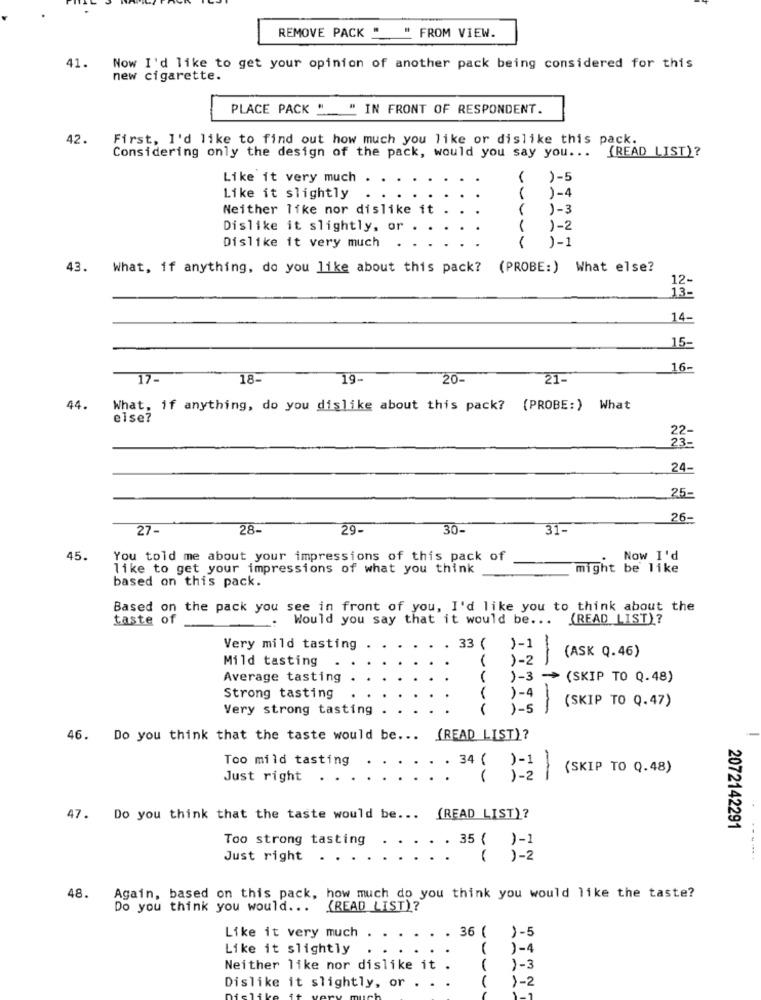
REMOVE PACK " " FROM VIEW.
41.
Now I'd like to get your opinion of another pack being considered for this
new cigarette.
PLACE PACK " " IN FRONT OF RESPONDENT.
42.
First, I'd like to find out how much you like or dislike this pack.
Considering only the design of the pack, would you say you ... (READ LIST)?
Like it very much
)-5
Like it slightly
( )-4
Neither like nor dislike it
)-3
Dislike it slightly, or
)-2
Dislike it very much
)-1
43. What, if anything, do you like about this pack? (PROBE:) What else?
12-
13-
14-
15-
16-
17-
18-
19-
20-
21-
44.
What, if anything, do you dislike about this pack? (PROBE:) What
else?
22-
24-
25-
26-
27-
28.
29.
30-
31-
45.
You told me about your impressions of this pack of
Now I'd
like to get your impressions of what you think
might be like
based on this pack.
Based on the pack you see in front of you, I'd like you to think about the
taste of
Would you say that it would be ... (READ LIST)?
Very mild tasting
33 ( )-1
(ASK Q.46)
Mild tasting
)-2
Average tasting
)-3
(SKIP TO Q.48)
Strong tasting
)-4
(SKIP TO Q.47)
Very strong tasting
)-5
1-
46. Do you think that the taste would be ... (READ LIST)?
Too mild tasting
. 34 ( )-1
(SKIP TO Q.48)
Just right
)-2
-
47. Do you think that the taste would be ...
(READ LIST)?
2072142291
Too strong tasting
. 35 ( )-1
----.
Just right .
)-2
48.
Again, based on this pack, how much do you think you would like the taste?
Do you think you would ...
(READ LIST)?
. 36 ( )-5
Like it very much
Like it slightly
)-4
Neither like nor dislike it .
)-3
)-2
Dislike it slightly, or . .